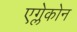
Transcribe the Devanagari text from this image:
एग्लेकोन